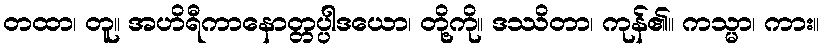
တထာ၊ တူ။ အဟိရီကာနောတ္တပ္ပါဒယော၊ တို့ကို။ ဒဿိတာ၊ ကုန်၏။ ကသ္မာ၊ ကား။